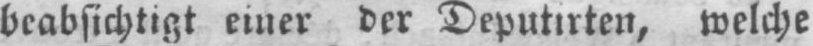
beabsichtigt einer der Deputirten, welche